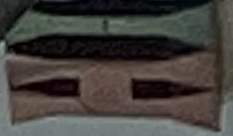
HI